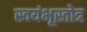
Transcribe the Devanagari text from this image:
स्वयंभूस्तोत्र